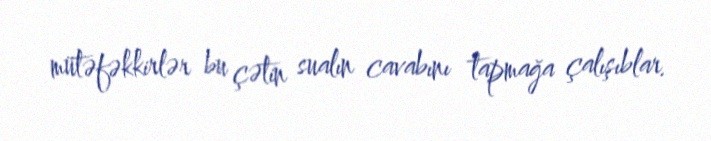
mütəfəkkirlər bu çətin sualın cavabını tapmağa çalışıblar.